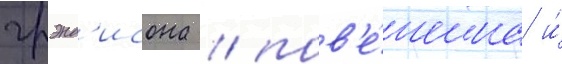
грэнд'исона / пов'е́шена и́